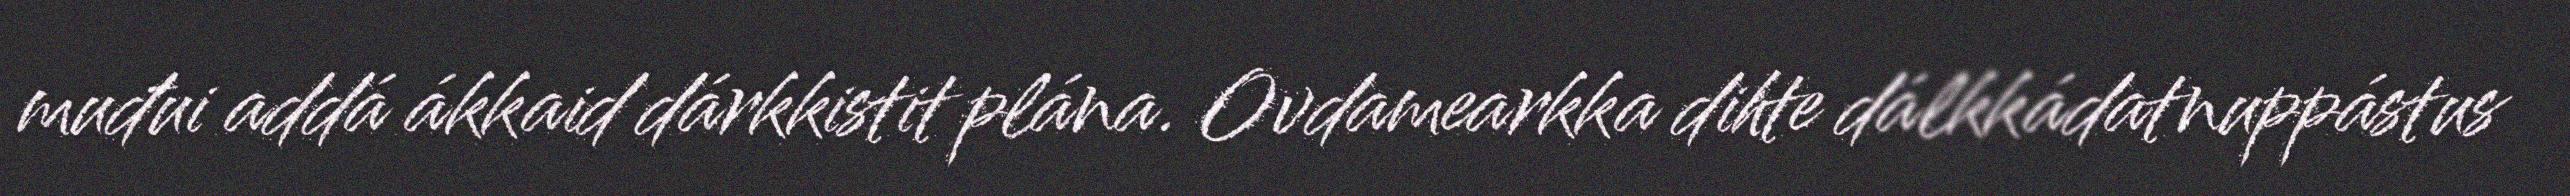
muđui addá ákkaid dárkkistit plána. Ovdamearkka dihte dálkkádatnuppástus